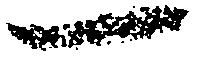
一